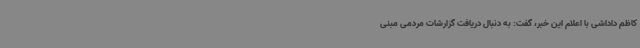
کاظم داداشی با اعلام این خبر، گفت: به دنبال دریافت گزارشات مردمی مبنی